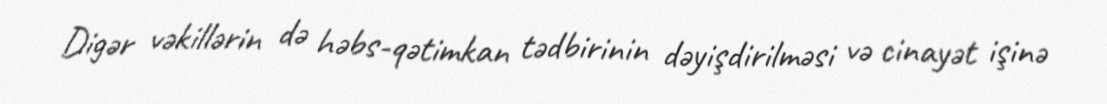
Digər vəkillərin də həbs-qətimkan tədbirinin dəyişdirilməsi və cinayət işinə